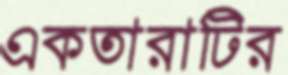
একতারাটির